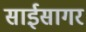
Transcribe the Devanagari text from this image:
साईसागर